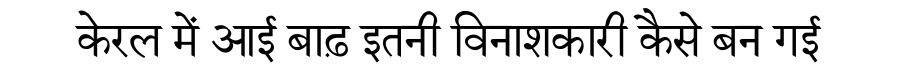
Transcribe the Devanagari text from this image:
केरल में आई बाढ़ इतनी विनाशकारी कैसे बन गई